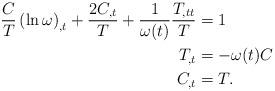
LaTeX: \begin{align*}\frac{C}{T}\left( \ln\omega\right) _{,t}+\frac{2C_{,t}}{T}+\frac{1}{\omega(t)}\frac{T_{,tt}}{T} & =1\\T_{,t} & =-\omega(t)C\\C_{,t} & =T. \end{align*}